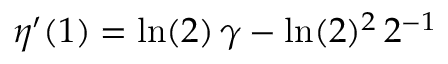
\eta ^ { \prime } ( 1 ) = \ln ( 2 ) \, \gamma - \ln ( 2 ) ^ { 2 } \, 2 ^ { - 1 }